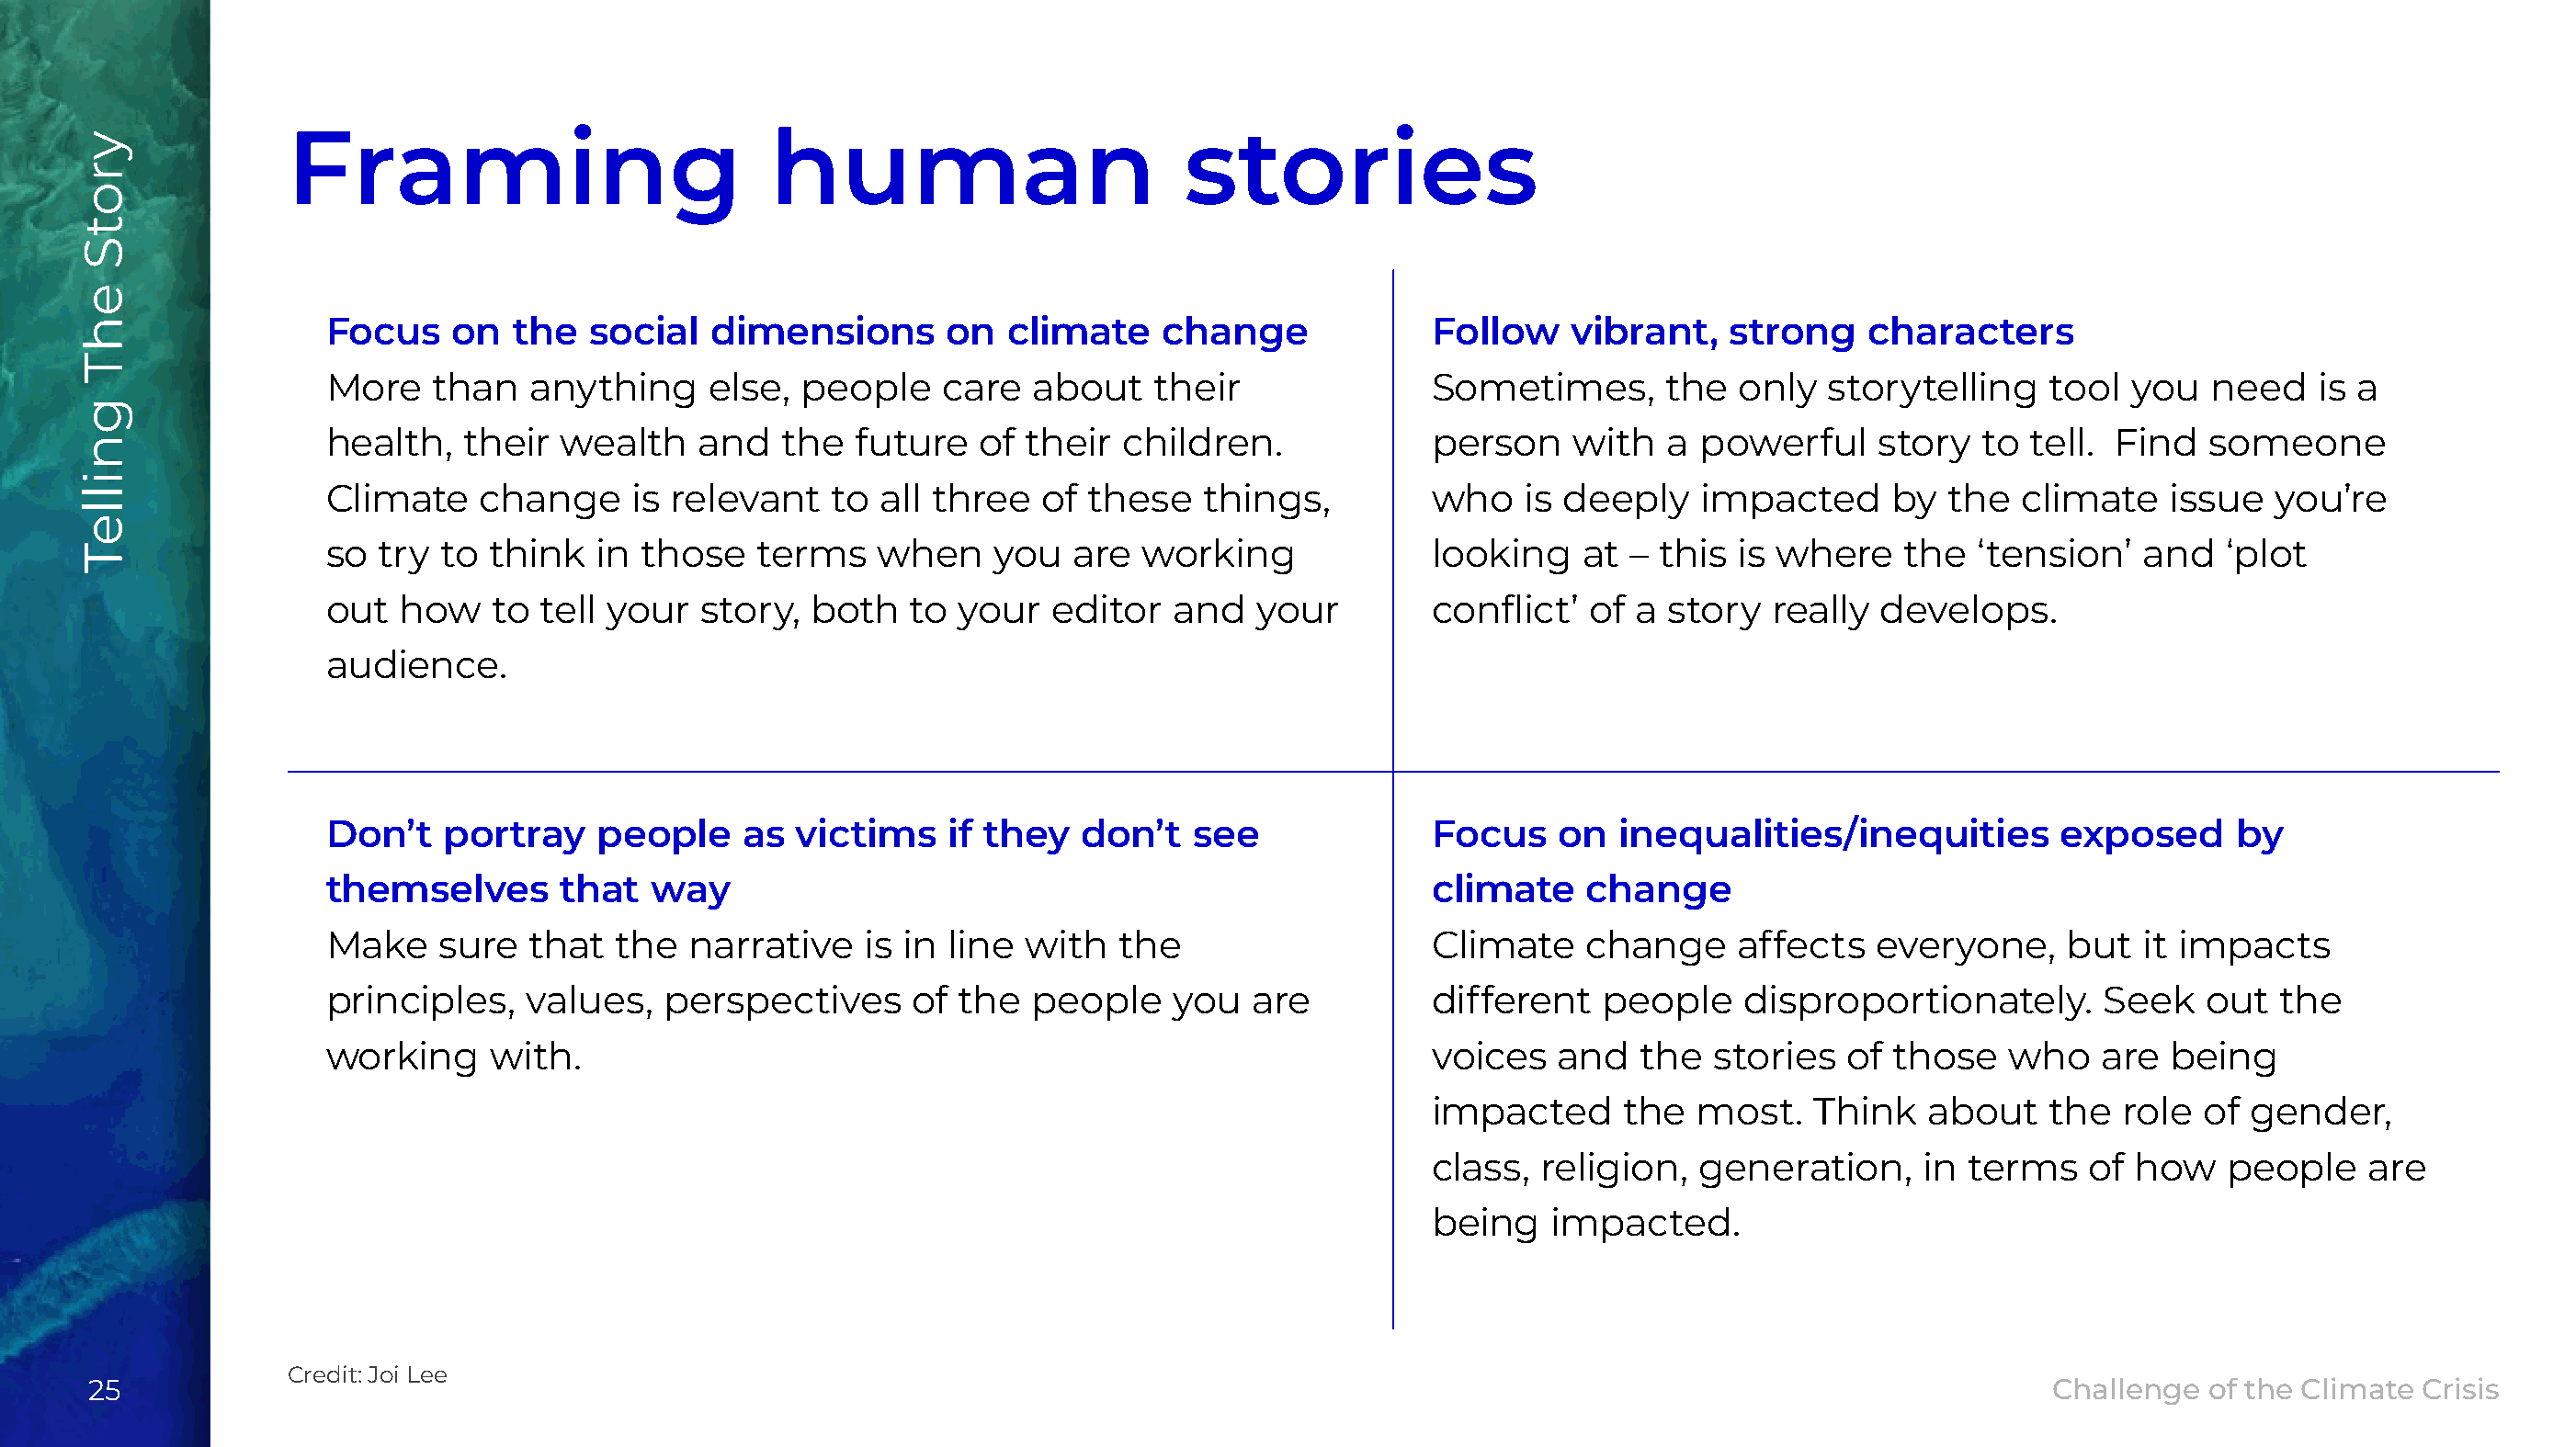
Framing                           human                         stories
 Focus     on  the  social   dimensions       on   climate    change             Follow    vibrant,    strong    characters
 More    than   anything     else,  people    care  about    their               Sometimes,       the  only   storytelling    tool  you  need    is a
 health,   their  wealth    and   the   future   of their  children.             person    with   a powerful     story   to tell. Find   someone
 Climate     change    is relevant    to all three   of these    things,         who    is deeply   impacted      by  the   climate   issue   you’re
 so  try  to think   in those   terms    when     you  are  working              looking    at – this  is where    the  ‘tension’   and   ‘plot
 out   how   to  tell your  story,  both    to your   editor  and   your         conflict’  of  a story   really develops.
 audience.
 Don’t    portray    people    as  victims    if they   don’t   see              Focus    on   inequalities/inequities        exposed      by
 themselves       that   way                                                     climate    change
 Make     sure  that  the   narrative   is in line  with   the                   Climate    change     affects   everyone,     but  it impacts
 principles,    values,   perspectives      of the  people    you   are          different   people     disproportionately.      Seek    out  the
 working     with.                                                               voices   and   the  stories   of those    who   are  being
 impacted      the  most.    Think   about    the  role  of gender,
 class,  religion,  generation,     in  terms   of  how   people     are
 being    impacted.
 Credit: Joi Lee
 25                                                                                                                                            Challenge  of the Climate Crisis
 yrotS
 ehT
 gnilleT